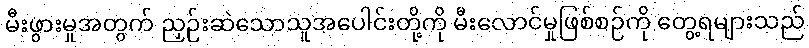
မီးဖွားမှုအတွက် ညှဉ်းဆဲသောသူအပေါင်းတို့ကို မီးလောင်မှုဖြစ်စဉ်ကို တွေ့ရများသည်